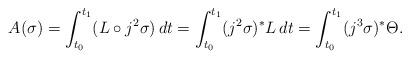
LaTeX: \begin{align*}A(\sigma )=\int_{t_{0}}^{t_{1}}(L\circ j^{2}\sigma)\,dt=\int_{t_{0}}^{t_{1}}(j^{2}\sigma )^{\ast}L\,dt=\int_{t_{0}}^{t_{1}}(j^{3}\sigma )^{\ast }\Theta . \end{align*}